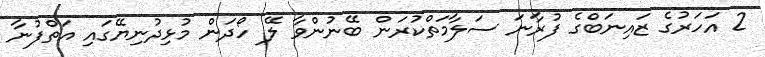
2 އަހަރުގެ ޒައިނަބްގެ ފުރާނަ ސަލާމަތްކުރަން ބޭނުންވާ ލޭ ހޯދަން މުޅިދުނިޔޭގައި އަތްފުނާ